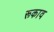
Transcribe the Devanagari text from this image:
रूकाव